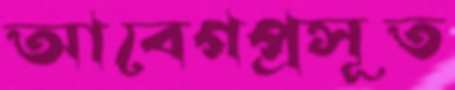
আবেগপ্রসূত